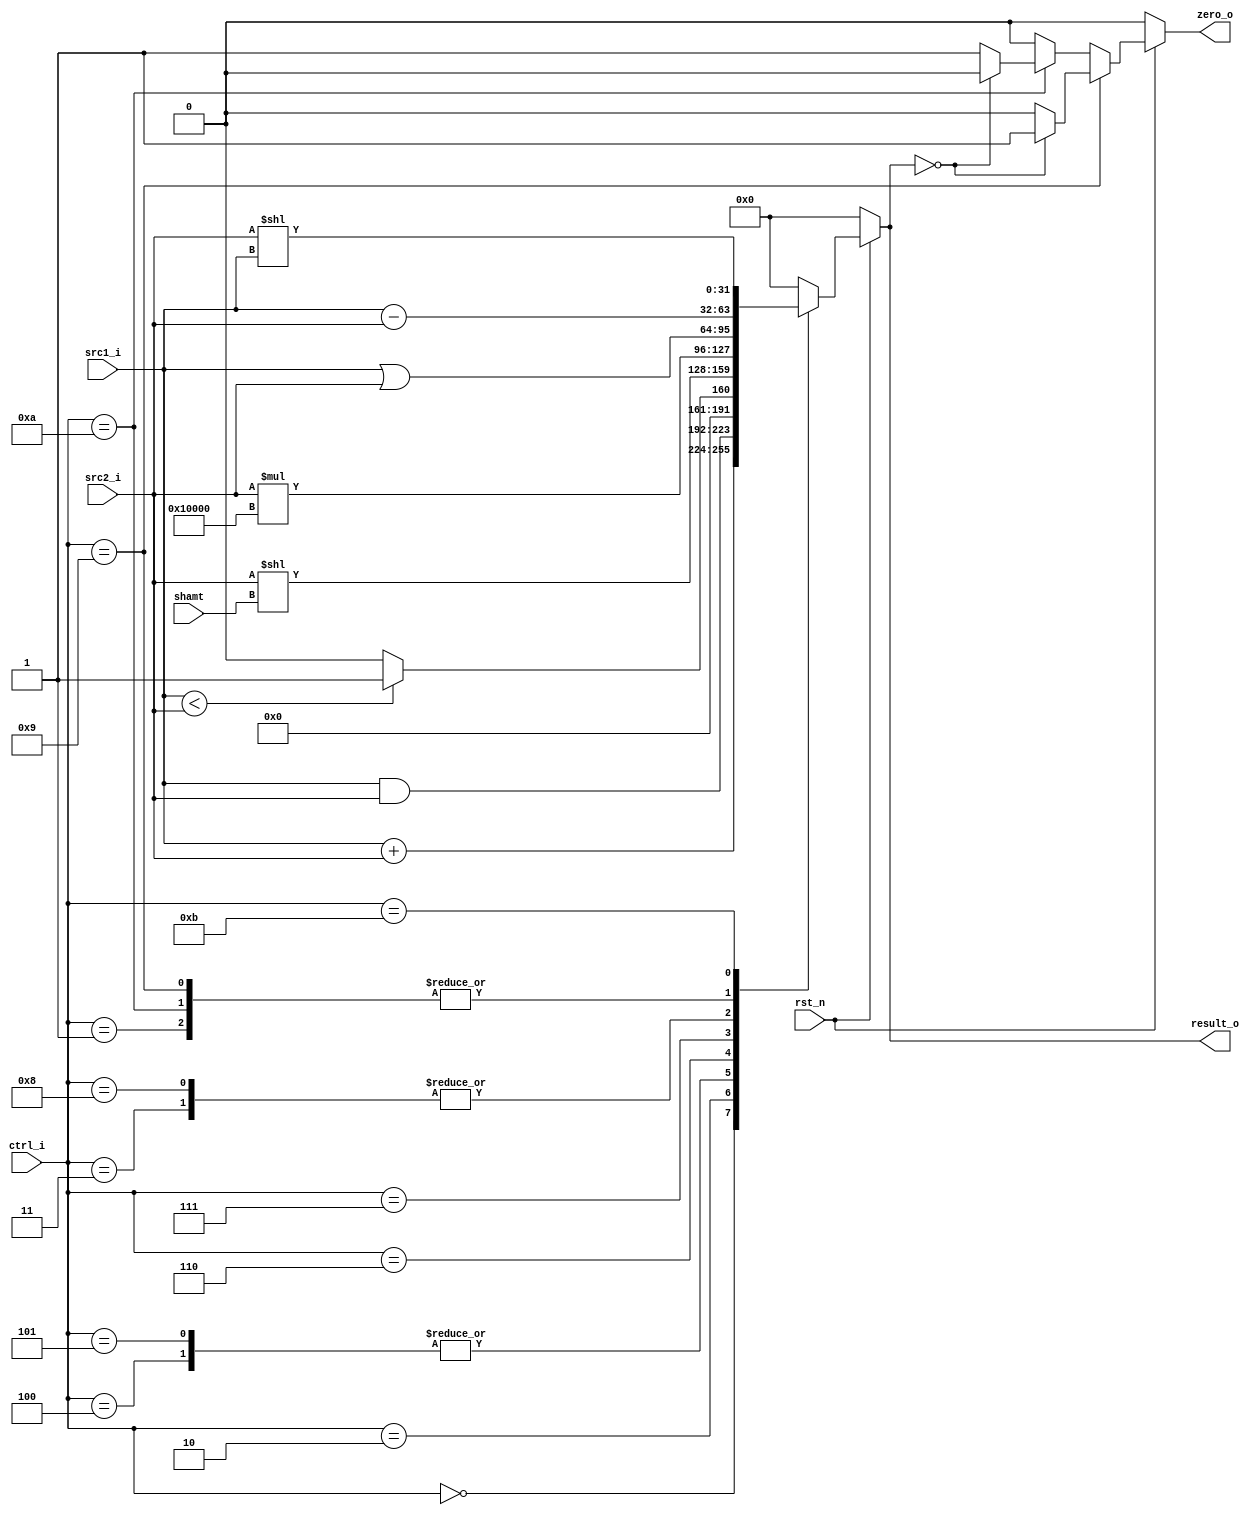
//Subject:     CO project 2 - ALU
//--------------------------------------------------------------------------------
//Version:     1
//--------------------------------------------------------------------------------
//Writer:      
//----------------------------------------------
//Date:        
//----------------------------------------------
//Description: 
//--------------------------------------------------------------------------------

module ALU(
    src1_i,//rs
	src2_i,//rt
	ctrl_i,
	result_o,
	zero_o,
	shamt,
	rst_n
	);
     
//I/O ports
input  [32-1:0]  src1_i;
input  [32-1:0]	 src2_i;
input  [4-1:0]   ctrl_i;
input  [5-1:0] shamt;
input rst_n;
output [32-1:0]	 result_o;
output           zero_o;

//Internal signals
reg    [32-1:0]  result_o;
reg 	 [32-1:0]  src1_tmp,src2_tmp;
reg             zero_o;
always@(*) 
begin
	if(rst_n)
	begin
		if(ctrl_i==4'd9)//beq condition
			zero_o = (result_o == 0) ? 1 : 0 ;
		else if(ctrl_i==4'd10)
			zero_o = (result_o == 0) ? 0 : 1 ;
		else
			zero_o = 0;
	end
	else
		zero_o = 0;
end
//Parameter
//Main function
always@(*) 
begin
	if(rst_n)
	begin
		case(ctrl_i) //4'd0~ SEE ALU CONTROLLER FOR INSTRUCTION ENCODING/DECODING INFO.
		4'd0:result_o = src1_i+src2_i;//add
		4'd1:result_o = src1_i-src2_i;//sub
		4'd2:result_o = src1_i&src2_i;//and	
		4'd3:result_o = src1_i|src2_i;//or
		4'd4:result_o = src1_i<src2_i?1:0;//slt
		4'd5:result_o = src1_i<src2_i?1:0;//sltu
		4'd6:result_o = src2_i<<shamt;//sll
		4'd7:result_o = src2_i*(65536);//lui
		4'd8:result_o = src1_i|src2_i;//ori
		4'd9:result_o = src1_i-src2_i;//beq
		4'd10:result_o = src1_i-src2_i;//bne
		4'd11:result_o = src2_i<<src1_i;//sllv
		default:result_o = 0;
		endcase
	end
	else
		result_o=0;
	
end

endmodule